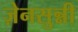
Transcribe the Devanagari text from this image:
ज़ेनसुन्नी